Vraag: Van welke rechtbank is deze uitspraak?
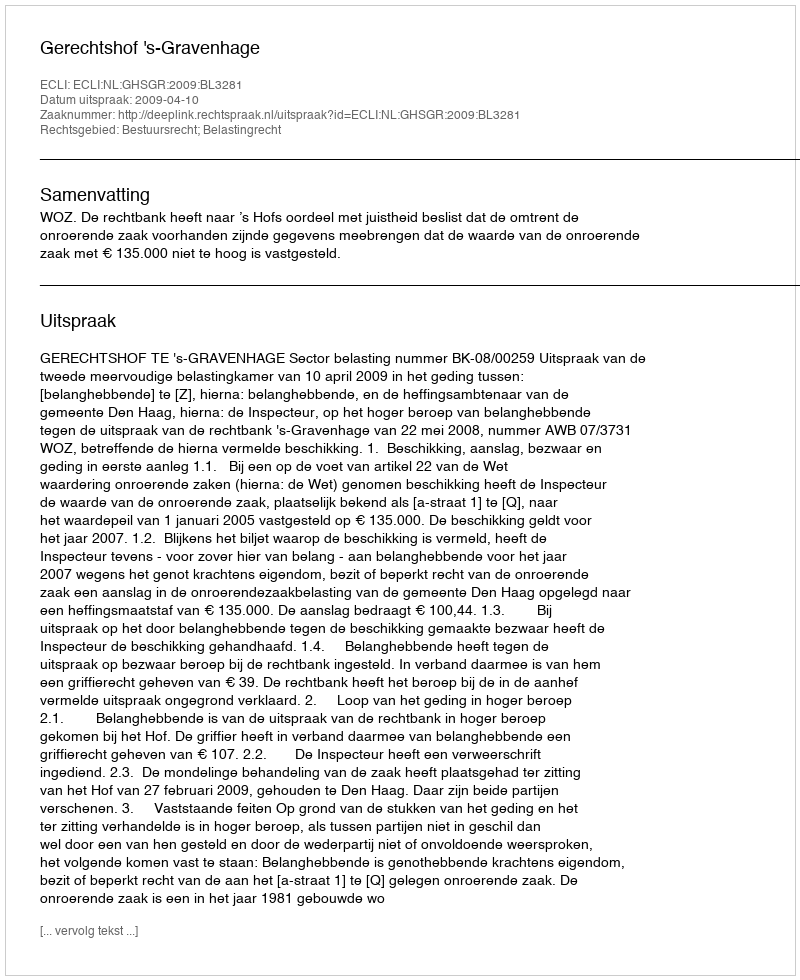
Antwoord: Gerechtshof 's-Gravenhage